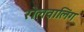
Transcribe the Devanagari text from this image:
रॊलवालिंग